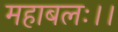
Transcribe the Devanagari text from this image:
महाबलः।।